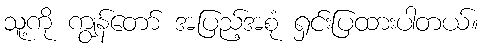
သူ့ကို ကျွန်တော် အပြည့်အစုံ ရှင်းပြထားပါတယ်။